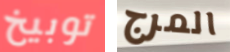
توبيخ المرج